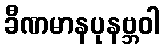
ခီဏမာနပုနဗ္ဘဝါ